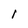
Character: 1